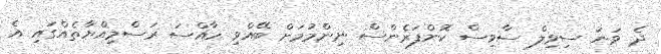
ދެ ވަނަ ސިވިލް ސާވިސް ކޮންފަރެންސް ނިންމުމަށް ބޭއްވި ހާއްސަ ރަސްމިއްޔާތެއްގައި އެ